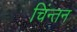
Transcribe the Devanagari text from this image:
चिंन्तन